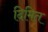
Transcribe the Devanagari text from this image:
दिमित